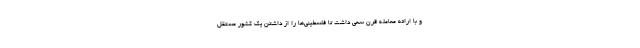
و با ارائه معامله قرن سعی داشت تا فلسطینی‌ها را از داشتن یک کشور مستقل